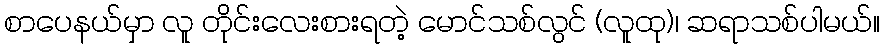
စာပေနယ်မှာ လူ တိုင်းလေးစားရတဲ့ မောင်သစ်လွင် (လူထု)၊ ဆရာသစ်ပါမယ်။